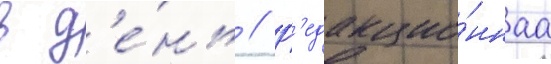
в д'е́нь // Р'едакцио́ннаа